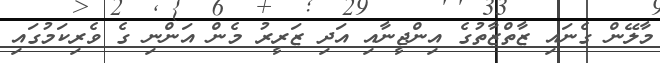
މާލޭން ގެނައި ޒާތްޒާތުގެ އިންޖީނާއި އަދި ޒަރީރު މެން އަންނި ގެ ވެރިކަމުގައި